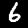
Digit: 6